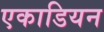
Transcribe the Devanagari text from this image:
एकाडियन